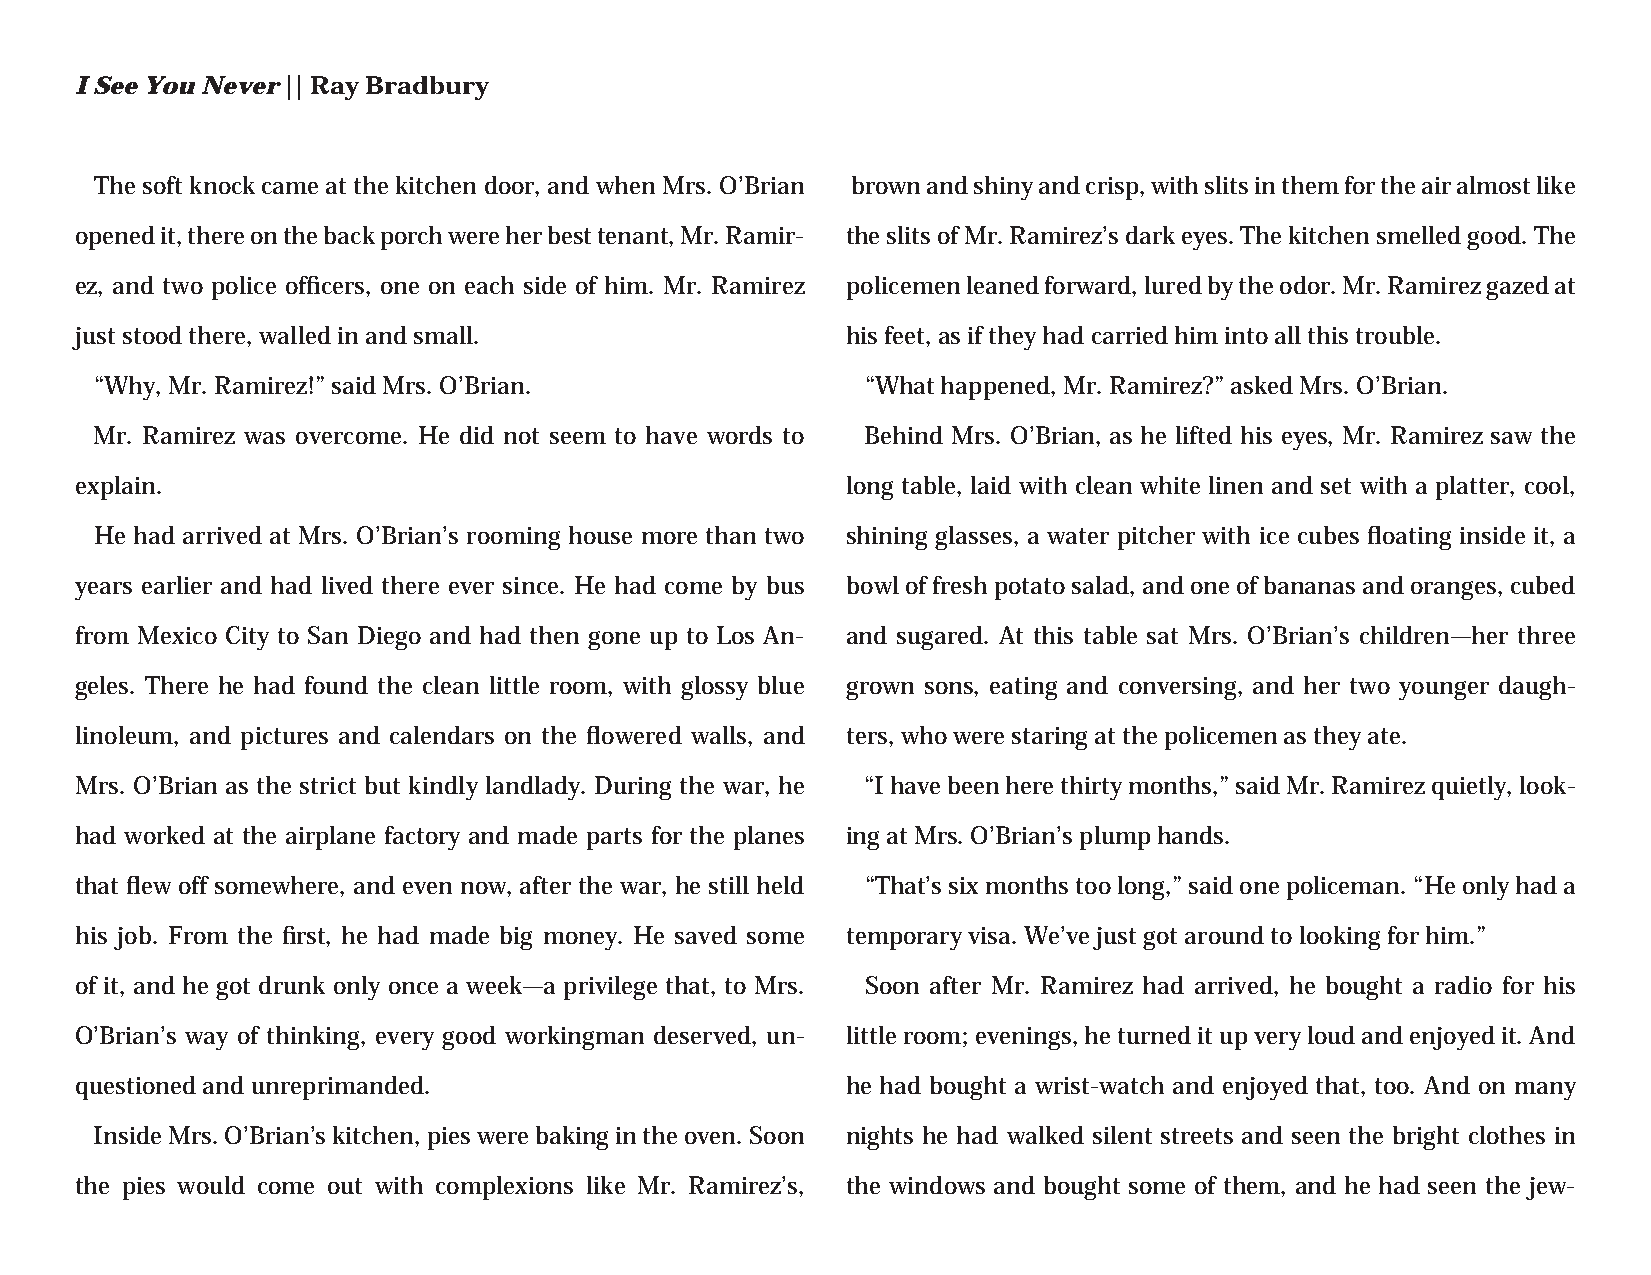
I See You Never || Ray Bradbury
 The soft knock came at the kitchen door, and when Mrs. O’Brian brown and shiny and crisp, with slits in them for the air almost like
 opened it, there on the back porch were her best tenant, Mr. Ramir- the slits of Mr. Ramirez’s dark eyes. The kitchen smelled good. The
 ez, and two police offi cers, one on each side of him. Mr. Ramirez policemen leaned forward, lured by the odor. Mr. Ramirez gazed at
 just stood there, walled in and small.             his feet, as if they had carried him into all this trouble.
 “Why, Mr. Ramirez!” said Mrs. O’Brian.             “What happened, Mr. Ramirez?” asked Mrs. O’Brian.
 Mr. Ramirez was overcome. He did not seem to have words to Behind Mrs. O’Brian, as he lifted his eyes, Mr. Ramirez saw the
 explain.                                           long table, laid with clean white linen and set with a platter, cool,
 He had arrived at Mrs. O’Brian’s rooming house more than two shining glasses, a water pitcher with ice cubes fl oating inside it, a
 years earlier and had lived there ever since. He had come by bus bowl of fresh potato salad, and one of bananas and oranges, cubed
 from Mexico City to San Diego and had then gone up to Los An- and sugared. At this table sat Mrs. O’Brian’s children—her three
 geles. There he had found the clean little room, with glossy blue grown sons, eating and conversing, and her two younger daugh-
 linoleum, and pictures and calendars on the fl owered walls, and ters, who were staring at the policemen as they ate.
 Mrs. O’Brian as the strict but kindly landlady. During the war, he “I have been here thirty months,” said Mr. Ramirez quietly, look-
 had worked at the airplane factory and made parts for the planes ing at Mrs. O’Brian’s plump hands.
 that fl ew off somewhere, and even now, after the war, he still held “That’s six months too long,” said one policeman. “He only had a
 his job. From the fi rst, he had made big money. He saved some temporary visa. We’ve just got around to looking for him.”
 of it, and he got drunk only once a week—a privilege that, to Mrs. Soon after Mr. Ramirez had arrived, he bought a radio for his
 O’Brian’s way of thinking, every good workingman deserved, un- little room; evenings, he turned it up very loud and enjoyed it. And
 questioned and unreprimanded.                      he had bought a wrist-watch and enjoyed that, too. And on many
 Inside Mrs. O’Brian’s kitchen, pies were baking in the oven. Soon nights he had walked silent streets and seen the bright clothes in
 the pies would come out with complexions like Mr. Ramirez’s, the windows and bought some of them, and he had seen the jew-